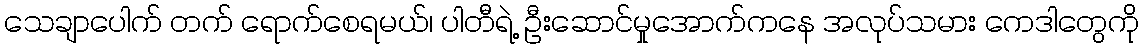
သေချာပေါက် တက် ရောက်စေရမယ်၊ ပါတီရဲ့ ဦးဆောင်မှုအောက်ကနေ အလုပ်သမား ကေဒါတွေကို